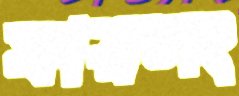
ফারলং